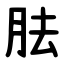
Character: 胠